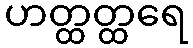
ဟတ္ထတ္ထရေ